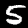
Label: 5